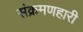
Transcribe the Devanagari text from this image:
संक्रमणहारी